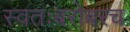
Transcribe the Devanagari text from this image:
स्वतःबरोबरच